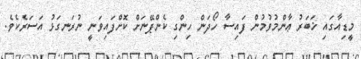
މީޑިއާގައި ޚަބަރު ޢާންމުވުމުން ފައިސާ ހޯދަން ހިންގި ކެންޕޭނަށް ކޮށްފައިވަނީ ނުރަނގަޅު އަސަރެކެވެ.